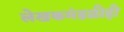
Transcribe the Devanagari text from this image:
लेखकमंडळीही